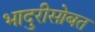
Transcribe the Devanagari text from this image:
भादुरीसोबत